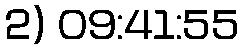
2) 09:41:55